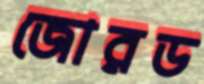
জোরড